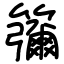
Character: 䉲